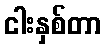
ငါးနှစ်တာ